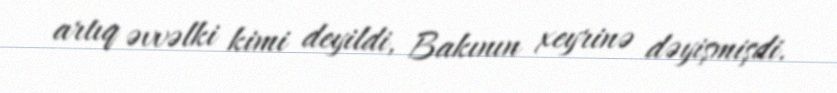
artıq əvvəlki kimi deyildi, Bakının xeyrinə dəyişmişdi.